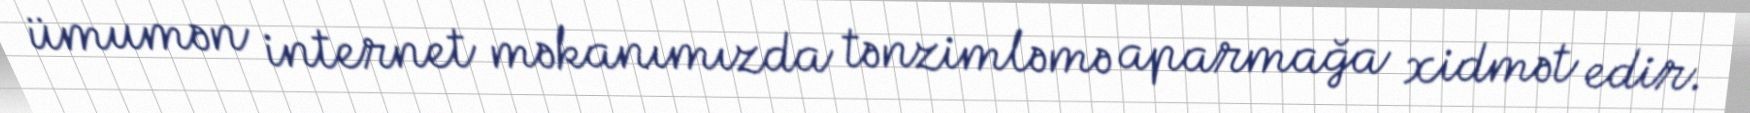
ümumən internet məkanımızda tənzimləmə aparmağa xidmət edir.